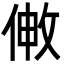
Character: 敒